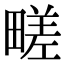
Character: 㽨